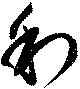
利